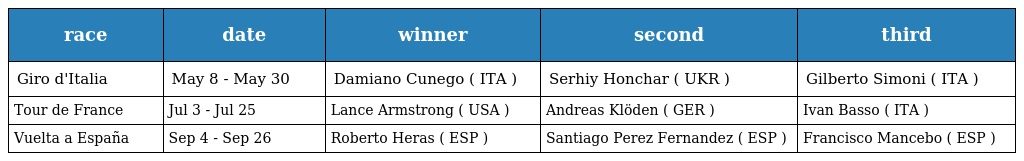
| race | date | winner | second | third |
 | --- | --- | --- | --- | --- |
 | Giro d'Italia | May 8 - May 30 | Damiano Cunego ( ITA ) | Serhiy Honchar ( UKR ) | Gilberto Simoni ( ITA ) |
 | Tour de France | Jul 3 - Jul 25 | Lance Armstrong ( USA ) | Andreas Klöden ( GER ) | Ivan Basso ( ITA ) |
 | Vuelta a España | Sep 4 - Sep 26 | Roberto Heras ( ESP ) | Santiago Perez Fernandez ( ESP ) | Francisco Mancebo ( ESP ) |